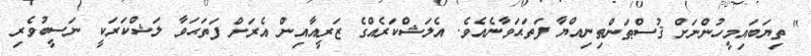
" ތިޔަބައިމީހުންނަށް ޤުސްޠަންޠިނިއްޔާ ފަތަޙަވާނެއެވެ. އެލަޝްކަރެއްގެ ޒަރީއާއިން އެރަށް ފަތަޙަވާ ލަޝްކަރަކީ ނަސީބުވެރި